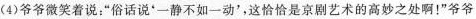
(4)爷爷微笑着说：”俗话说'一静不如一动'，这恰恰是京剧艺术的高妙之处啊！”爷爷